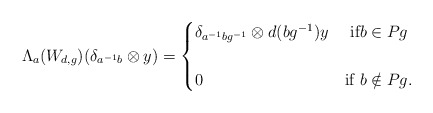
\begin{align*}\Lambda_{a}(W_{d,g})(\delta_{a^{-1}b}\otimes y)=\begin{cases} \delta_{a^{-1}bg^{-1}}\otimes d(bg^{-1})y & \mbox{ if} b \in Pg\cr &\cr 0 & \mbox{if } b \notin Pg. \end{cases}\end{align*}